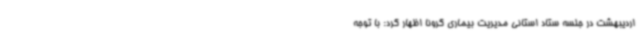
اردیبهشت در جلسه ستاد استانی مدیریت بیماری کرونا اظهار کرد: با توجه